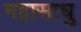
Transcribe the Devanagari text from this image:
महासाधु